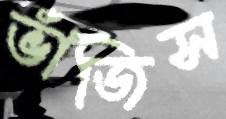
ভাঁজিস